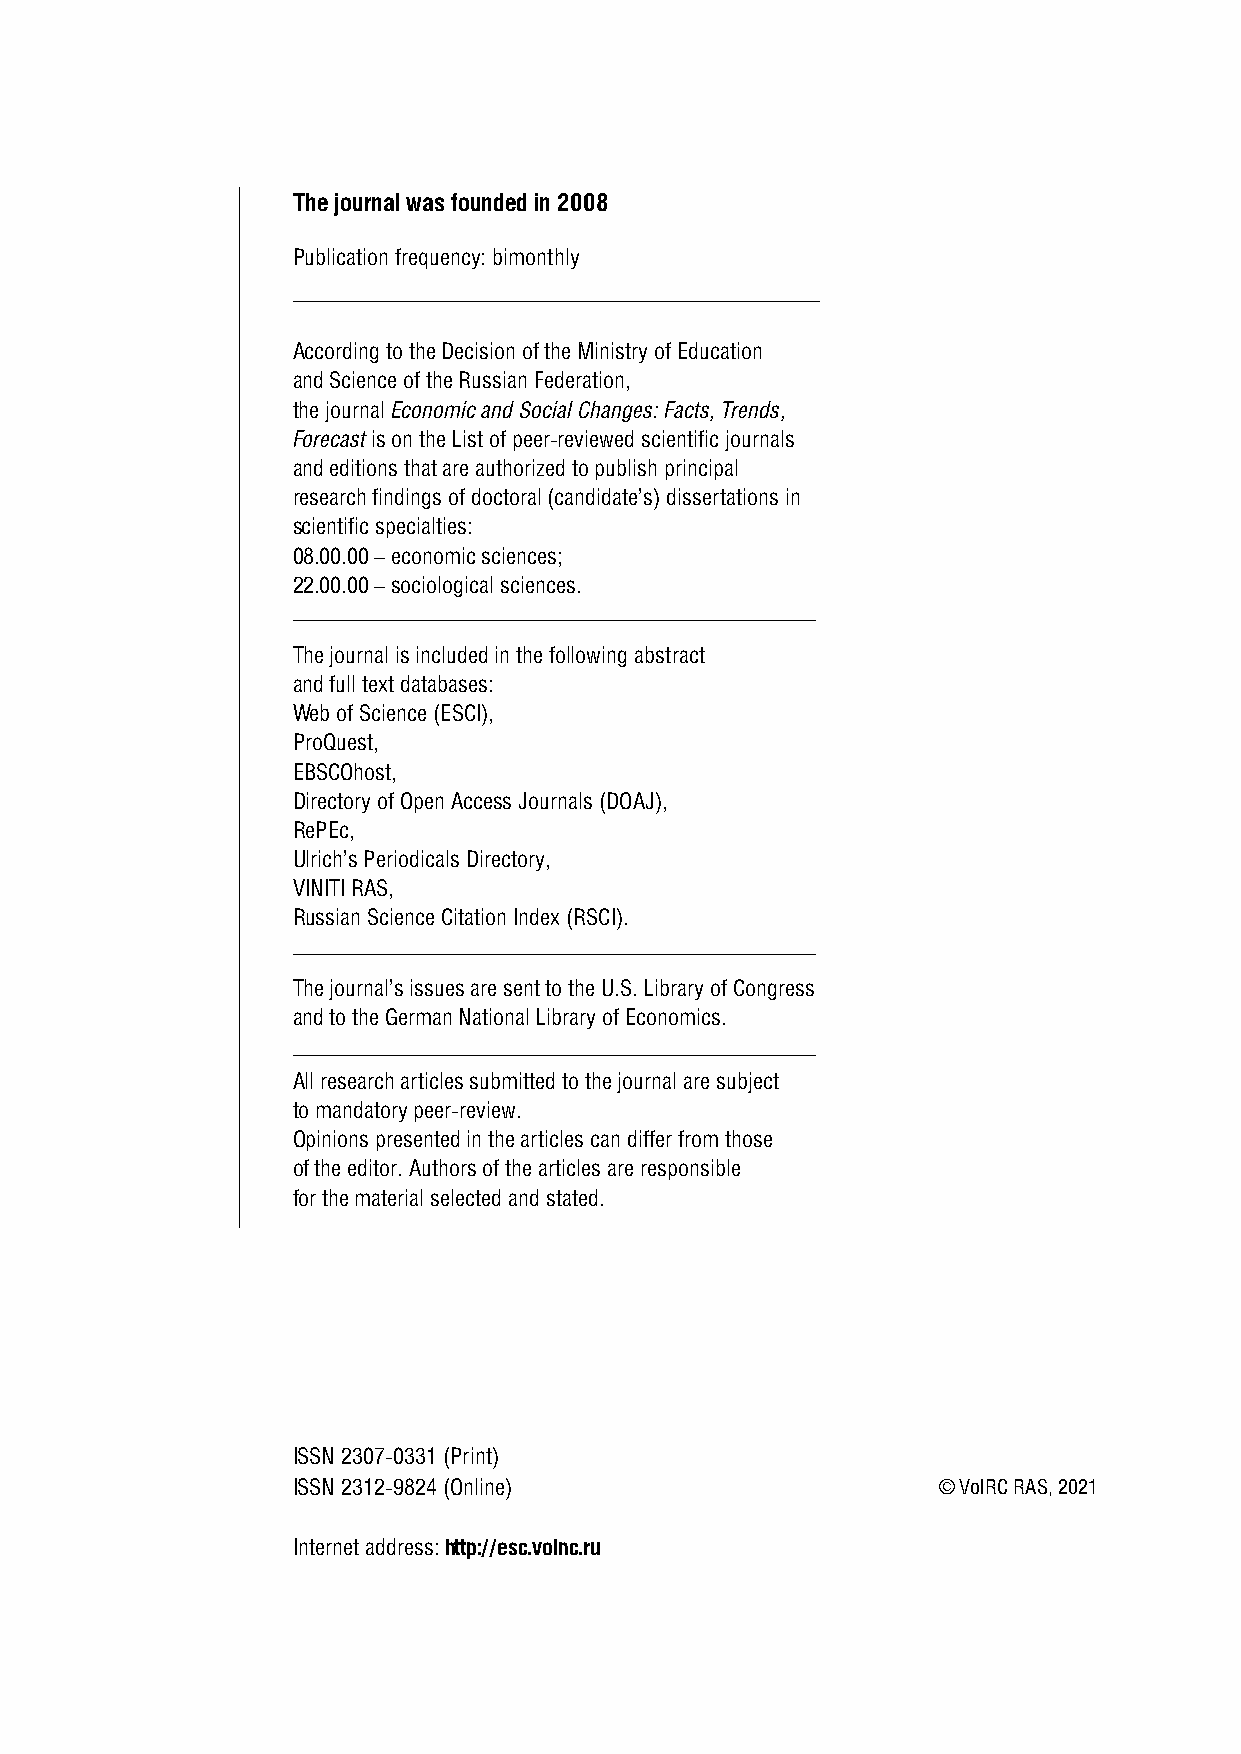
The journal was founded in 2008
 Publication frequency: bimonthly
 According to the Decision of the Ministry of Education
 and Science of the Russian Federation,
 the journal Economic and Social Changes: Facts, Trends,
 Forecast is on the List of peer-reviewed scientific journals
 and editions that are authorized to publish principal
 research findings of doctoral (candidate’s) dissertations in
 scientific specialties:
 08.00.00 – economic sciences;
 22.00.00 – sociological sciences.
 The journal is included in the following abstract
 and full text databases:
 Web of Science (ESCI),
 ProQuest,
 EBSCOhost,
 Directory of Open Access Journals (DOAJ),
 RePEc,
 Ulrich’s Periodicals Directory,
 VINITI RAS,
 Russian Science Citation Index (RSCI).
 The journal’s issues are sent to the U.S. Library of Congress
 and to the German National Library of Economics.
 All research articles submitted to the journal are subject
 to mandatory peer-review.
 Opinions presented in the articles can differ from those
 of the editor. Authors of the articles are responsible
 for the material selected and stated.
 ISSN 2307-0331 (Print)
 ISSN 2312-9824 (Online)                    © VolRC RAS, 2021
 Internet address: http://esc.volnc.ru